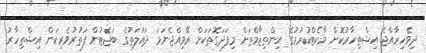
ދިވެހިރާއްޖެ އިޝްތިހާރުކޮށް މާކެޓްކުރުމުގެ އިންތިޒާމްތަށް މިފަދަގޮތަކަށް ރޭވިއްޖެނަމަ ދައުލަތުގެ ބަޖެޓުން ފަތުރުވެރިކަން އިޝްތިހާރު